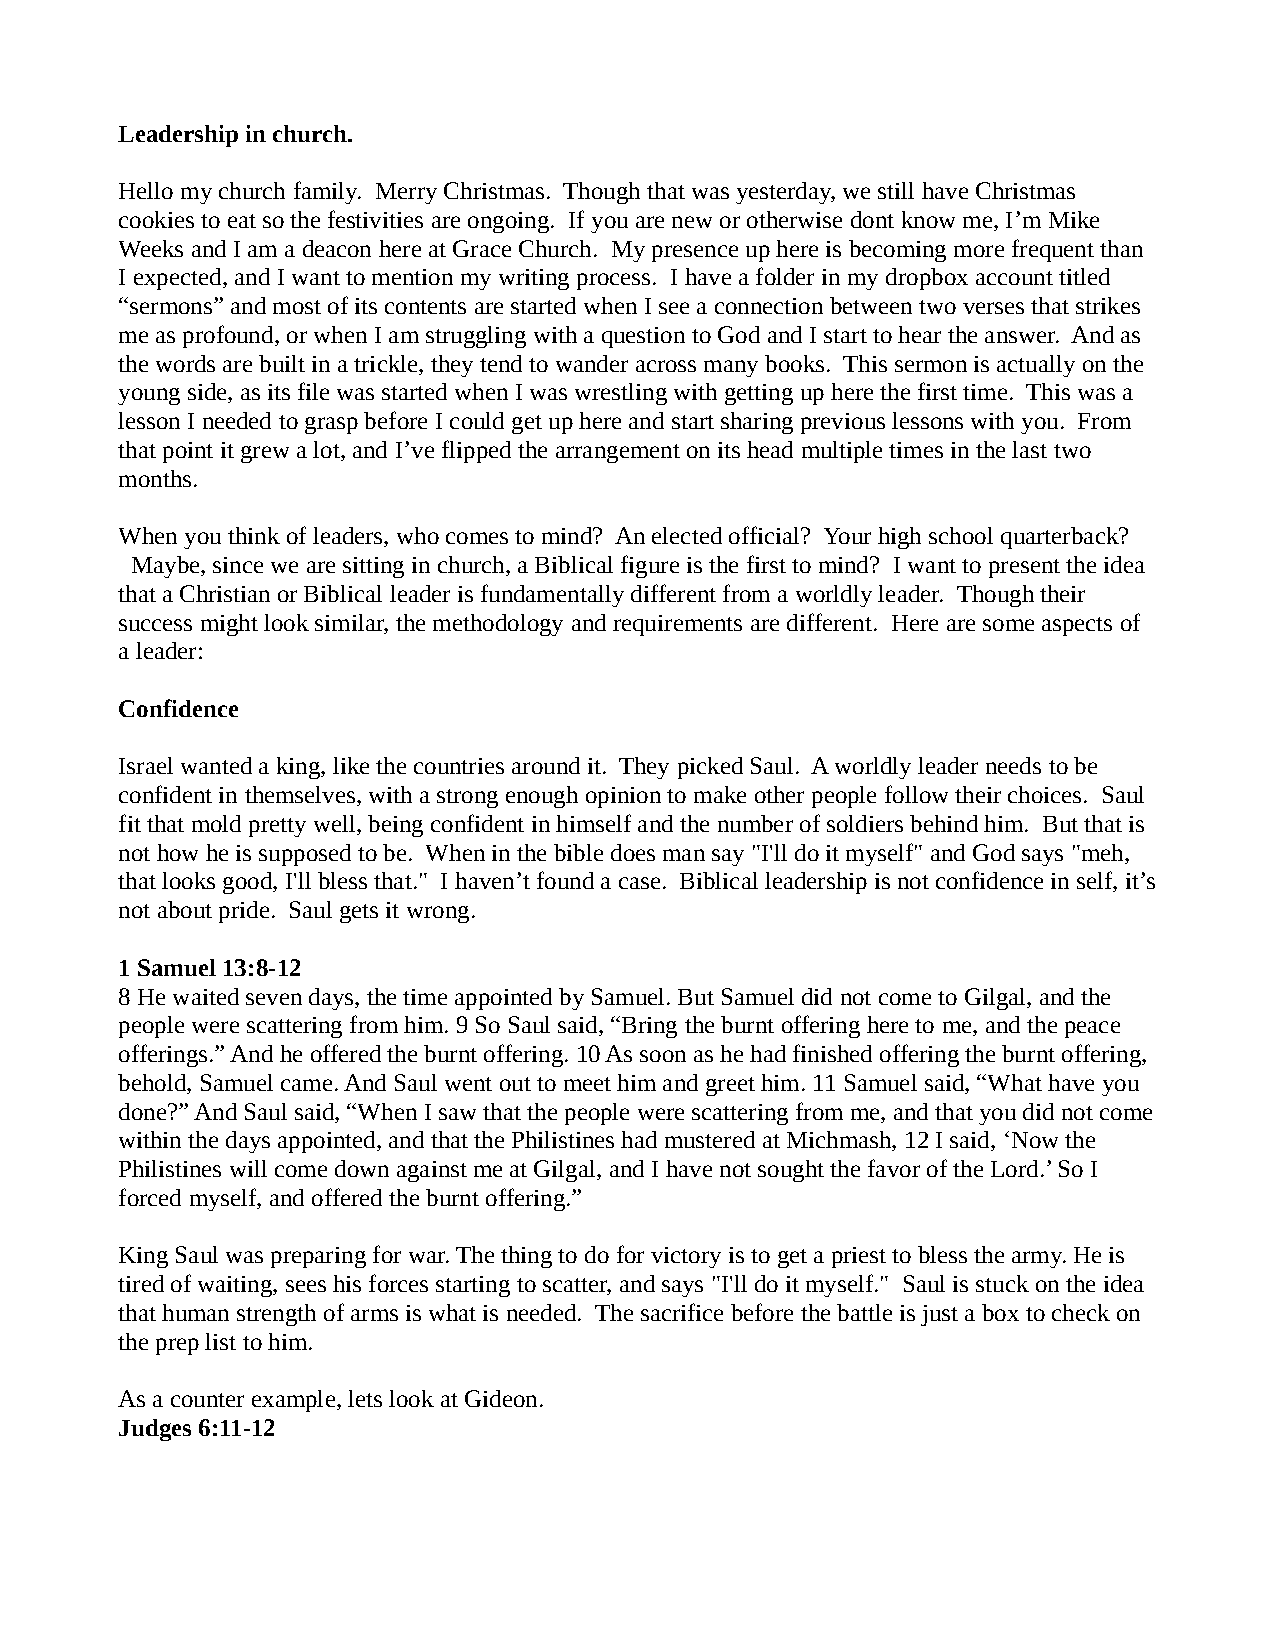
Leadership in church.
 Hello my church family. Merry Christmas. Though that was yesterday, we still have Christmas
 cookies to eat so the festivities are ongoing. If you are new or otherwise dont know me, I’m Mike
 Weeks and I am a deacon here at Grace Church. My presence up here is becoming more frequent than
 I expected, and I want to mention my writing process. I have a folder in my dropbox account titled
 “sermons” and most of its contents are started when I see a connection between two verses that strikes
 me as profound, or when I am struggling with a question to God and I start to hear the answer. And as
 the words are built in a trickle, they tend to wander across many books. This sermon is actually on the
 young side, as its file was started when I was wrestling with getting up here the first time. This was a
 lesson I needed to grasp before I could get up here and start sharing previous lessons with you. From
 that point it grew a lot, and I’ve flipped the arrangement on its head multiple times in the last two
 months.
 When you think of leaders, who comes to mind? An elected official? Your high school quarterback?
 Maybe, since we are sitting in church, a Biblical figure is the first to mind? I want to present the idea
 that a Christian or Biblical leader is fundamentally different from a worldly leader. Though their
 success might look similar, the methodology and requirements are different. Here are some aspects of
 a leader:
 Confidence
 Israel wanted a king, like the countries around it. They picked Saul. A worldly leader needs to be
 confident in themselves, with a strong enough opinion to make other people follow their choices. Saul
 fit that mold pretty well, being confident in himself and the number of soldiers behind him. But that is
 not how he is supposed to be. When in the bible does man say "I'll do it myself" and God says "meh,
 that looks good, I'll bless that." I haven’t found a case. Biblical leadership is not confidence in self, it’s
 not about pride. Saul gets it wrong.
 1 Samuel 13:8-12
 8 He waited seven days, the time appointed by Samuel. But Samuel did not come to Gilgal, and the
 people were scattering from him. 9 So Saul said, “Bring the burnt offering here to me, and the peace
 offerings.” And he offered the burnt offering. 10 As soon as he had finished offering the burnt offering,
 behold, Samuel came. And Saul went out to meet him and greet him. 11 Samuel said, “What have you
 done?” And Saul said, “When I saw that the people were scattering from me, and that you did not come
 within the days appointed, and that the Philistines had mustered at Michmash, 12 I said, ‘Now the
 Philistines will come down against me at Gilgal, and I have not sought the favor of the Lord.’ So I
 forced myself, and offered the burnt offering.”
 King Saul was preparing for war. The thing to do for victory is to get a priest to bless the army. He is
 tired of waiting, sees his forces starting to scatter, and says "I'll do it myself." Saul is stuck on the idea
 that human strength of arms is what is needed. The sacrifice before the battle is just a box to check on
 the prep list to him.
 As a counter example, lets look at Gideon.
 Judges 6:11-12